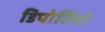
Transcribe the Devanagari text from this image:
डिपोर्टिवो